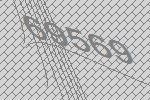
69569